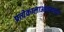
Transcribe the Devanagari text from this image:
प्रत्येकालाआवडणारा